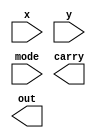
module asu_gate (x, y, mode, carry, out);
input [7:0] x, y;
input mode;
output carry;
output [7:0] out;

/*Write your code here*/


/*End of code*/


endmodule